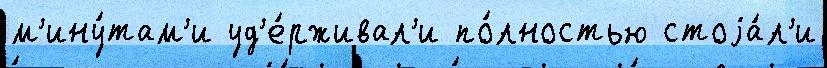
м'ину́там'и уд'е́рживал'и по́лностью стоjа́л'и